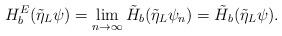
LaTeX: \begin{align*} H_b^E(\tilde{\eta}_L\psi) =\lim_{n\to\infty}\tilde{H}_b(\tilde{\eta}_L\psi_n)= \tilde{H}_b(\tilde{\eta}_L\psi).\end{align*}